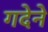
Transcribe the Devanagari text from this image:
गदेने